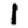
Digit: 1